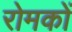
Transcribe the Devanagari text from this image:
रोमकों